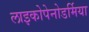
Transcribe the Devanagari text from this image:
लाइकोपेनोडर्मिया